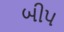
બીપ